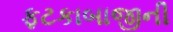
ફટકાબાજીની